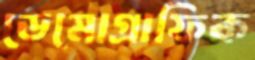
ডেমোগ্রাফিক